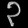
Digit: ၃